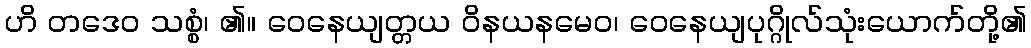
ဟိ တဒေဝ သစ္စံ၊ ၏။ ဝေနေယျတ္တယ ဝိနယနမေဝ၊ ဝေနေယျပုဂ္ဂိုလ်သုံးယောက်တို့၏